Leaving Certificate, 1896
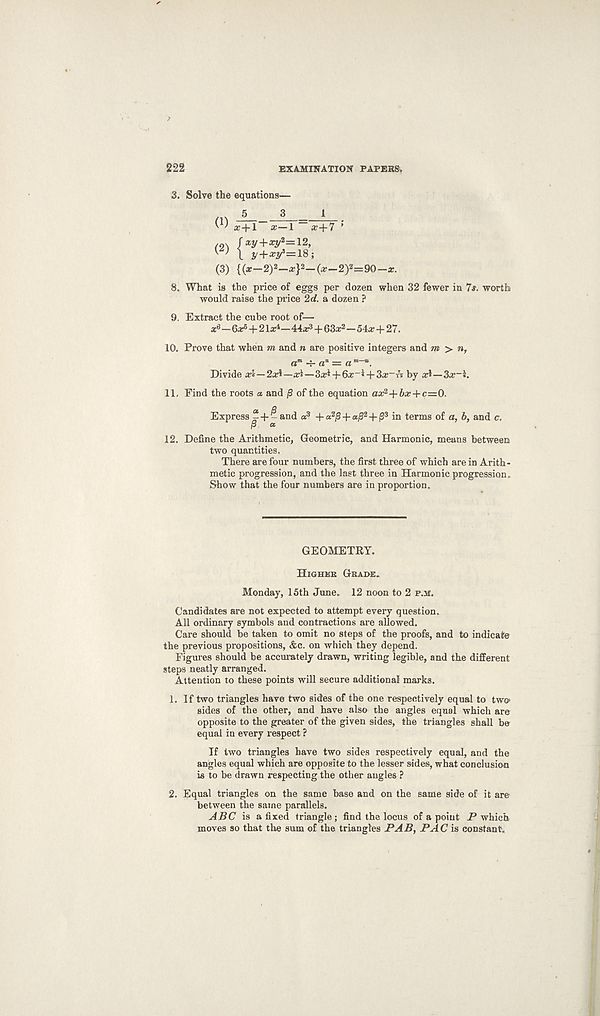
222
EXAMINATION PAPERS.
3. Solve the equations—
(1) a;+l x—1 x+7 ’
m /*y+*y 2 =i2,
W l y+^y=18;
(3) {(a:—2) 2 —a;} 2 —(x—2) 2 =90—x.
8. What is the price of eggs per dozen when 32 fewer in 7s. worth
would raise the price 2d. a dozen ?
9. Extract the cube root of—
a 0 —Gar 6 + 21^—44a, 3 + 63a; 2 —54# + 27.
10. Prove that when m and n are positive integers and m > n,
a m -i- a n = a m “”.
Divide a4—2a4—a4—3a?i + 6a:-l + 3a?-A by a4—3a?-l.
11, Find the roots « and j3 of the equation ax 2 +bx + c=0.
Express ^+- and a 3 -f a 2 j 3 + a/? 2 +(3 3 in terms of a, b, and c.
P a
12. Define the Arithmetic, Geometric, and Harmonic, means between
two quantities.
There are four numbers, the first three of which are in Arith-
metic progression, and the last three in Harmonic progression.
Show that the four numbers are in proportion.
GEOMETRY.
Higher Grahe.
Monday, 15th June. 12 noon to 2 p.m.
Candidates are not expected to attempt every question.
All ordinary symbols and contractions are allowed.
Care should be taken to omit no steps of the proofs, and to indicate
the previous propositions, &c. on which they depend.
Figures should be accurately drawn, writing legible, and the different
steps neatly arranged.
Attention to these points will secure additional marks.
1. If two triangles have two sides of the one respectively equal to two*
sides of the other, and have also the angles equal which are
opposite to the greater of the given sides, the triangles shall be
equal in every respect ?
If two triangles have two sides respectively equal, and the
angles equal which are opposite to the lesser sides, what conclusion
is to be drawn respecting the other angles ?
2. Equal triangles on the same base and on the same side of it are
between the same parallels.
ABC is a fixed triangle; find the locus of a point which
moves so that the sum of the triangles PAB, PAC is constant.